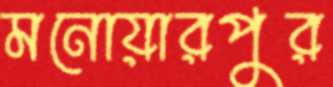
মনোয়ারপুর